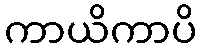
ကာယိကာပိ